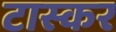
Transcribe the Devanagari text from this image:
टास्कर